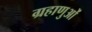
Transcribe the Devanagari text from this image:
ग्रहाणुओं